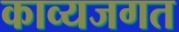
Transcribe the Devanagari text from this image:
काव्यजगत